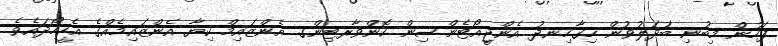
ފަހުން މިބުނި ބަދަލުވުން ހިގާހިނދު އެންޖީއޯޓެންސިން ކޮންވާރޓިންގ އެންޒައިމް ކިޔާ އެންޒައިމެއްގެ އެހީހޯދައެވެ.